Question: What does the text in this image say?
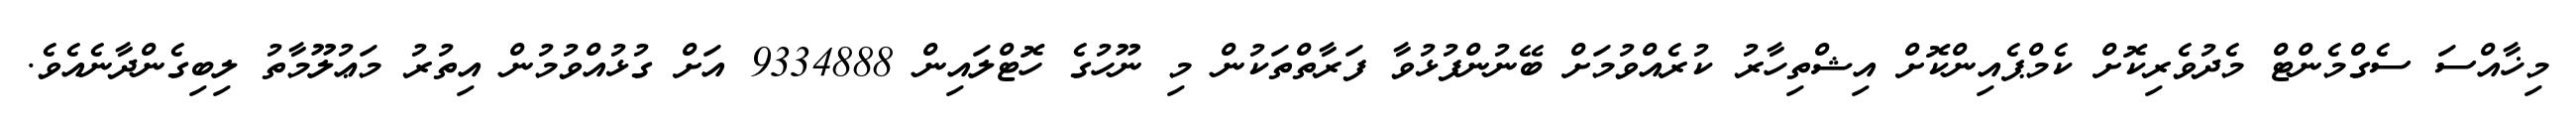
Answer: މިޚާއްސަ ސެގްމެންޓް މެދުވެރިކޮށް ކެމްޕެއިންކޮށް އިޝްތިހާރު ކުރެއްވުމަށް ބޭނުންފުޅުވާ ފަރާތްތަކުން މި ނޫހުގެ ހޮޓްލައިން 9334888 އަށް ގުޅުއްވުމުން އިތުރު މަޢުލޫމާތު ލިބިގެންދާނެއެވެ.